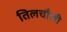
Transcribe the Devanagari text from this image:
तिलचौली